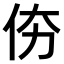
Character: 𠇴